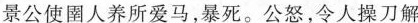
景公使圉人养所爱马，暴死。公怒，令人操刀解